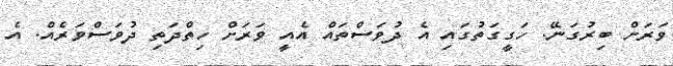
ވަރަށް ބިރުގަނޭ. ހަގީގަތުގައި އެ ދުވަސްތައް އެއީ ވަރަށް ހިތްދަތި ދުވަސްވަރެއް. އެ